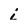
Character: i